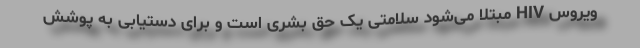
ویروس HIV مبتلا می‌شود سلامتی یک حق بشری است و برای دستیابی به پوشش